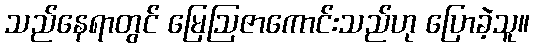
သည်နေရာတွင် မြေဩဇာကောင်းသည်ဟု ပြောခဲ့သူ။